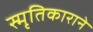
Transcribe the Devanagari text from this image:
स्मृतिकाराने